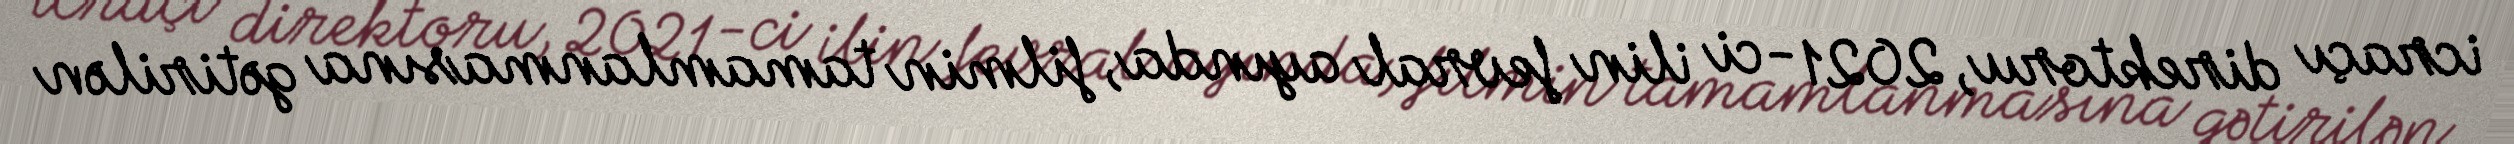
icraçı direktoru, 2021 -ci ilin fevral ayında, filmin tamamlanmasına gətirilən